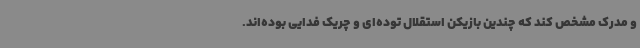
و مدرک مشخص کند که چندین بازیکن استقلال توده‌ای و چریک فدایی بوده‌اند.